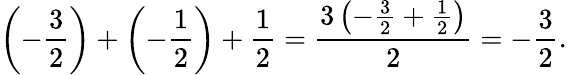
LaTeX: \left(-{\frac{3}{2}}\right)+\left(-{\frac{1}{2}}\right)+{\frac{1}{2}}={\frac{3\left(-{\frac{3}{2}}+{\frac{1}{2}}\right)}{2}}=-{\frac{3}{2}}.